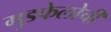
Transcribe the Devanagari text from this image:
गुडफेलोची